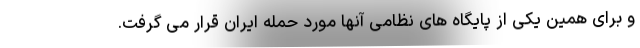
و برای همین یکی از پایگاه های نظامی آنها مورد حمله ایران قرار می گرفت.